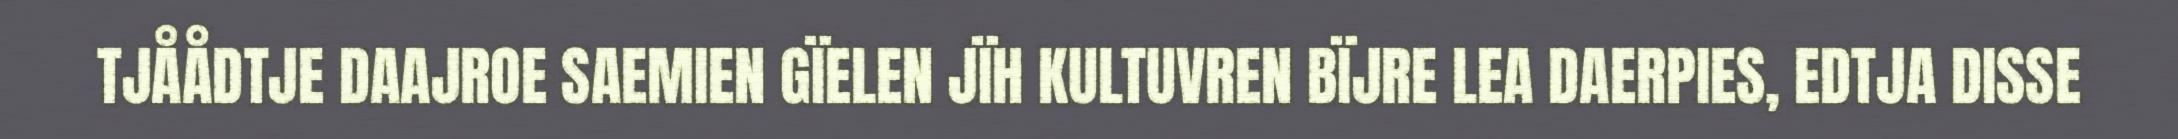
TJÅÅDTJE DAAJROE SAEMIEN GÏELEN JÏH KULTUVREN BÏJRE LEA DAERPIES, EDTJA DISSE